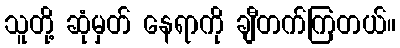
သူတို့ ဆုံမှတ် နေရာကို ချီတက်ကြတယ်။